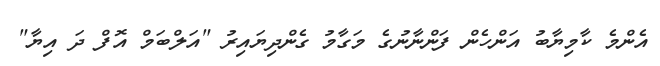
އެންމެ ކާމިޔާބު އަންހެން ފަންނާނުގެ މަގާމު ގެންދިޔައިރު "އަލްބަމް އޮފް ދަ އިޔާ"